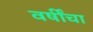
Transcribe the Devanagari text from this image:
वर्षींचा